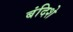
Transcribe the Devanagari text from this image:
बंदिशे